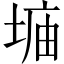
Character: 𫮂